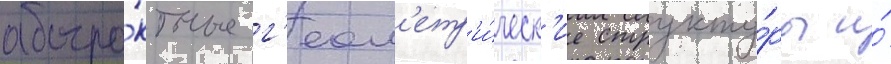
абстра́ктные г'еом'етр'и́ческ'ие структу́ры и́